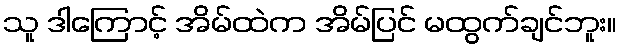
သူ ဒါကြောင့် အိမ်ထဲက အိမ်ပြင် မထွက်ချင်ဘူး။